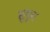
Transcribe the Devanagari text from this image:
सुपुरा